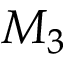
M _ { 3 }